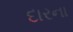
દારના